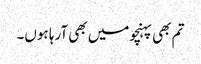
تم بھی پہنچومیں بھی آرہا ہوں۔